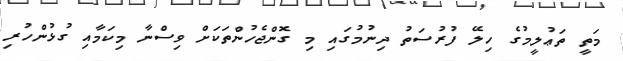
މަތީ ތަޢުލީމުގެ ހިލޭ ފުރުސަތު ދިނުމުގައި މި ގޮންޖެހުންތަކަށް ވިސްނާ މިކަމާއި ގުޅުންހުރި